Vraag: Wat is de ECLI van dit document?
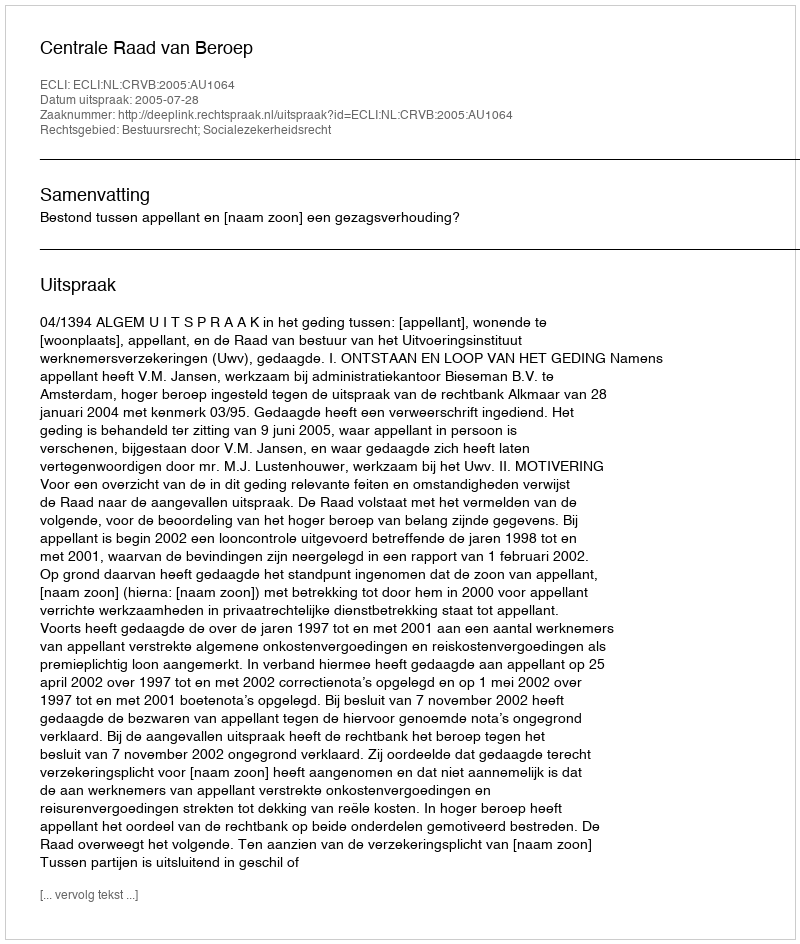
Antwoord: ECLI:NL:CRVB:2005:AU1064